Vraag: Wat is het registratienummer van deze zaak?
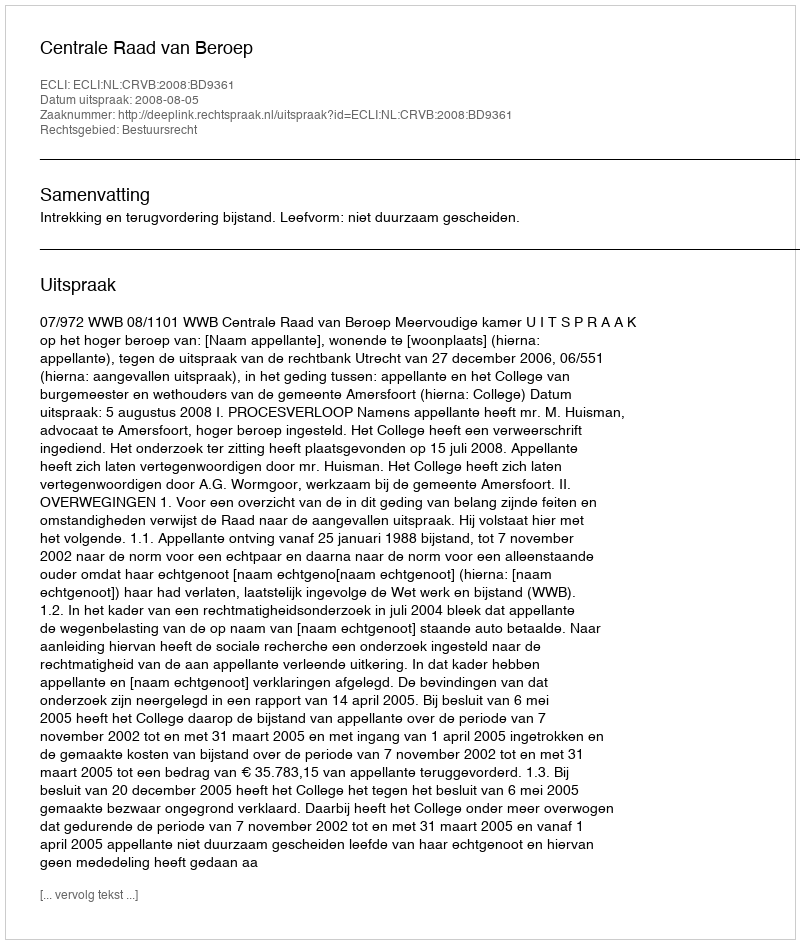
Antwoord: http://deeplink.rechtspraak.nl/uitspraak?id=ECLI:NL:CRVB:2008:BD9361